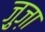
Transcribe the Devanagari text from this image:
ज़ुज़ा